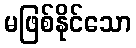
မဖြစ်နိုင်သော